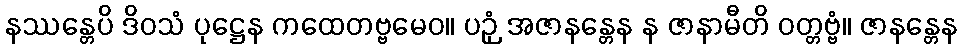
နဿန္တေပိ ဒိဝသံ ပုဋ္ဌေန ကထေတဗ္ဗမေဝ။ ပဉှံ အဇာနန္တေန န ဇာနာမီတိ ဝတ္တဗ္ဗံ။ ဇာနန္တေန